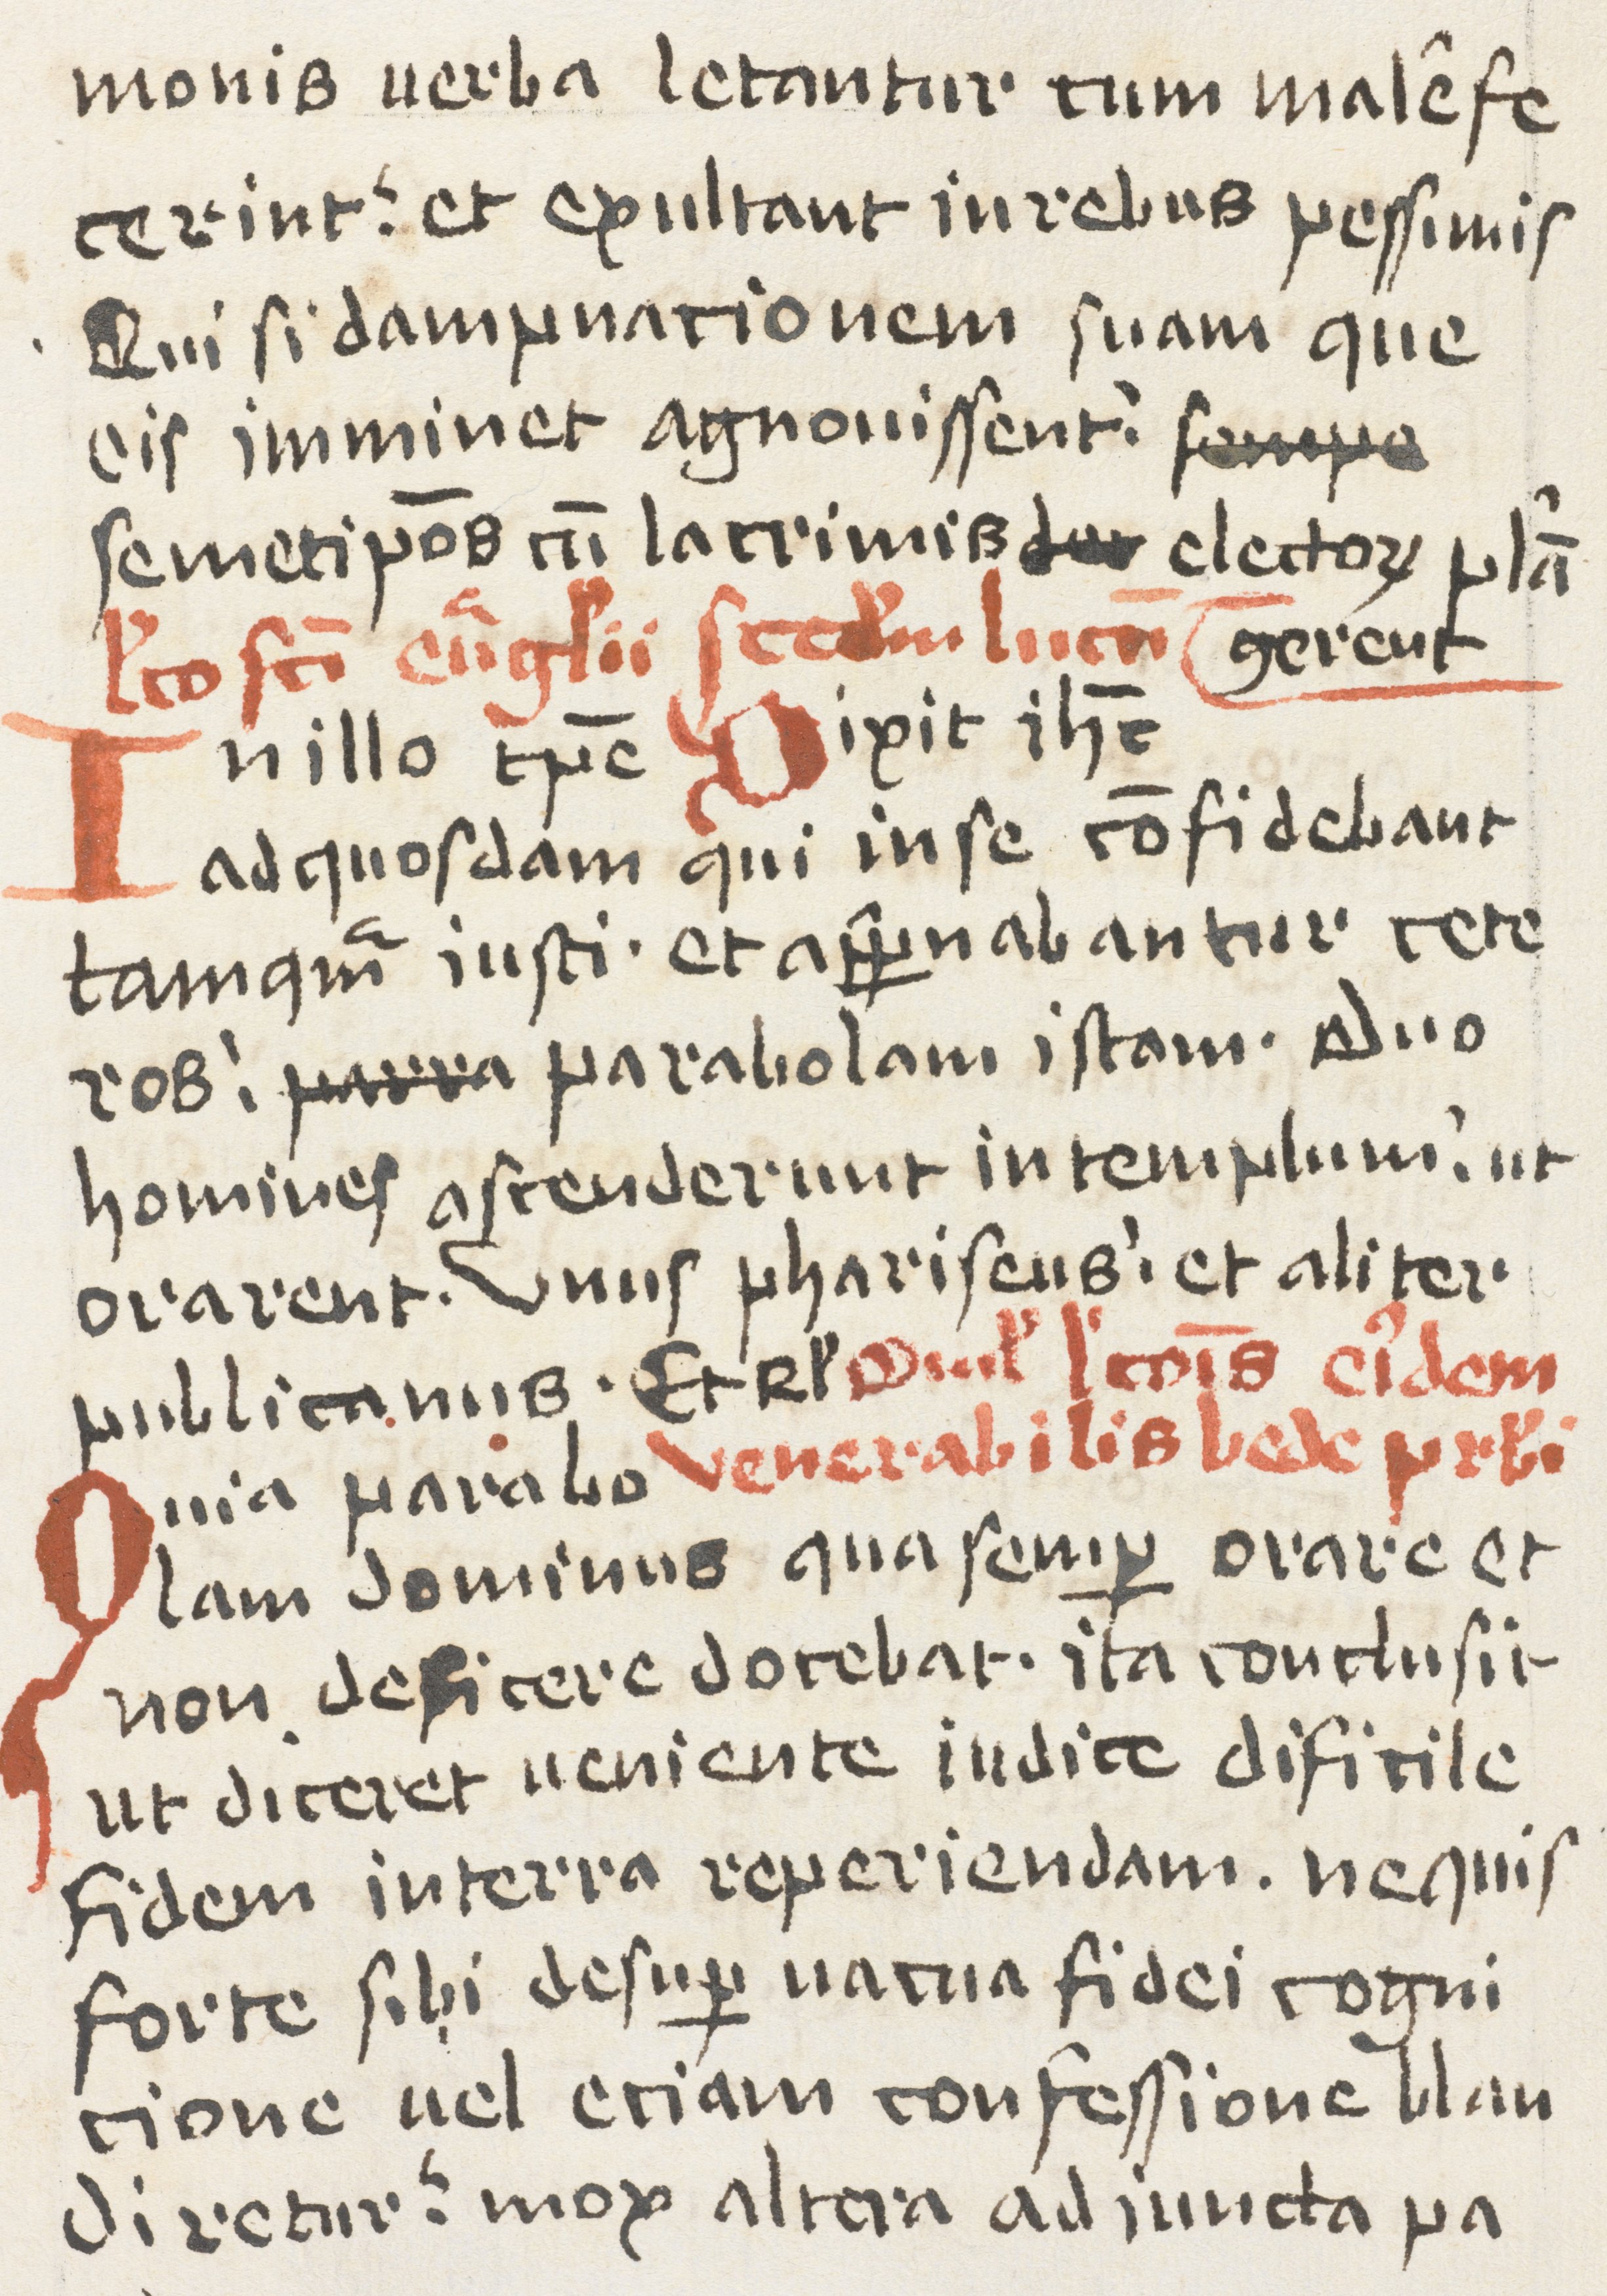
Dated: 1400–1499